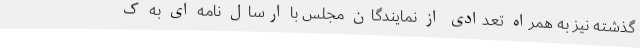
گذشته نیز به همراه تعدادی از نمایندگان مجلس با ارسال نامه ای به ک